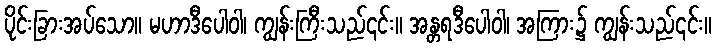
ပိုင်းခြားအပ်သော။ မဟာဒီပေါဝါ၊ ကျွန်းကြီးသည်၎င်း။ အန္တရဒီပေါဝါ၊ အကြား၌ ကျွန်းသည်၎င်း။